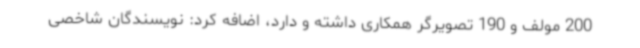
200 مولف و 190 تصویرگر همکاری داشته و دارد، اضافه کرد: نویسندگان شاخصی